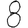
Digit: 8